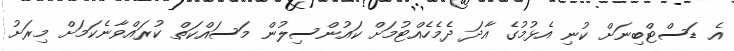
އެ ޑަސްޓްބިނަށް ކުނި އެޅުމުގެ އާދަ ދެމެހެއްޓުމަށް ކައުންސިލުން މަސައްކަތް ކުރައްވާނެކަމަށް މިރަށު